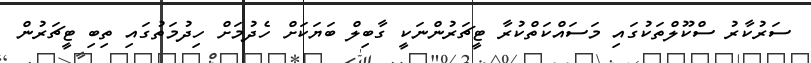
ސަރުކާރު ސްކޫލްތަކުގައި މަސައްކަތްކުރާ ޓީޗަރުންނަކީ ގާބިލް ބަޔަކަށް ހެދުމަށް ހިދުމަތުގައި ތިބި ޓީޗަރުން